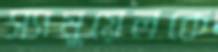
স্যামুয়েলকে